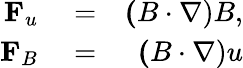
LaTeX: \begin{array}{rlr}{{\mathbf F}_{u}}&{{}=}&{{\mathbf(B\cdot\nabla)B},}\\ {{\mathbf F}_{B}}&{{}=}&{{\mathbf(B\cdot\nabla)u}}\end{array}